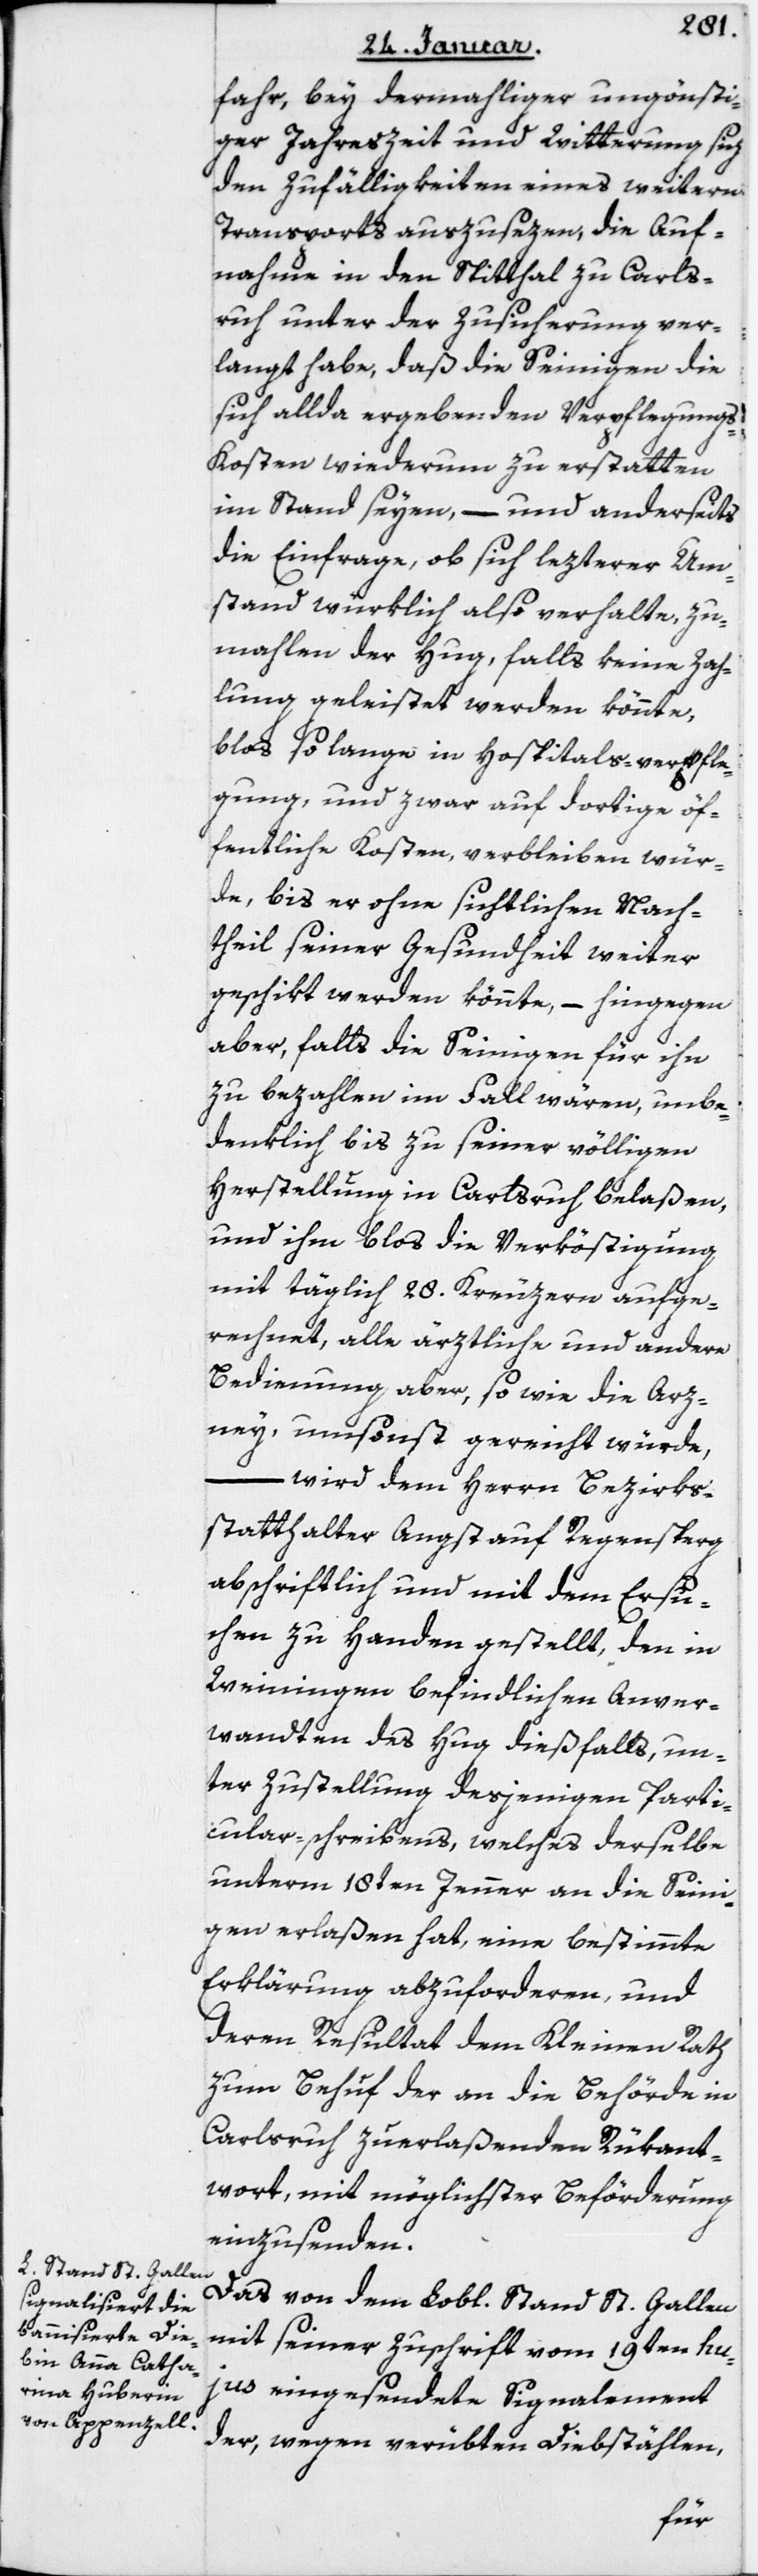
fahr, bey dermaliger ungönsti¬
ger Jahreszeit und Witterung sich
den Zufälligkeiten eines weitern
Transports auszuseyen, die Auf¬
nahme in den Spital zu Carls¬
ruhe unter der Zusicherung ver¬
langt habe, daß die Seinigen die
sich allda ergebenden Verpflegung¬
s-Kosten wiederum zu erstatten
im Stand seien, – und anderseits
die Einfrage, ob sich lezterer Um¬
stand würklich also verhalte, zu¬
mahlen der Hug, falls keine Zah¬
lung geleistet werden könnte,
bloß so lange in Hospitalsverpfle¬
gung, und zwar auf dortige öf¬
fentliche Kosten verbleiben wür¬
de, bis er ohne sichtlichen Nach¬
theil seiner Gesundheit weiter
geschikt werden könnte, – hingegen
aber, falls die Seinigen für ihn
zu bezahlen im Fall wären, unbe¬
denklich bis zu seiner völligen
Herstellung in Carlsruhe belaßen,
und ihm bloß die Verköstigung
mit täglich 28 Kreuzern aufge¬
rechnet, alle ärztliche und andere
Bedienung aber, sowie die Arz¬
nei, umsonst gereicht würde,
wird dem Herrn Bezirks¬
statthalter Angst auf Regensberg
abschriftlich und mit dem Ersu¬
chen zu Handen gestellt, den in
Weiningen befindlichen Anver¬
wandten des Hug dießfalls, un¬
ter Zustellung desjenigen Parti¬
cular-Schreibens, welches derselbe
unterm 18ten Jenner an die Seini¬
gen erlaßen hat, eine bestimmte
Erklärung abzuforderen, und
deren Resultat dem Kleinen Rath
zum Behuf der an die Behörde in
Carlsruhe zu erlaßenden Rükant¬
wort mit möglichster Beförderung
einzusenden.
Das von dem Lobl. Stand St. Gallen
mit seiner Zuschrift vom 19ten hu¬
jus eingesendete Signalement
der, wegen verübten Diebstählen